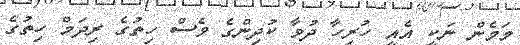
މަމެން ނަކީ އެއީ ހުރިހާ ދުވާ ކުދިންގެ ވެސް ހިތުގެ ރިދަމް ހިތުގެ